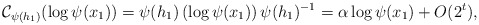
\begin{align*}\mathcal{C}_{\psi(h_1)} (\log \psi(x_1)) = \psi(h_1) \left( \log \psi(x_1) \right) \psi(h_1)^{-1}= \alpha \log \psi(x_1) + O(2^t),\end{align*}